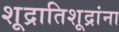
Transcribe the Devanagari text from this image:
शूद्रातिशूद्रांना